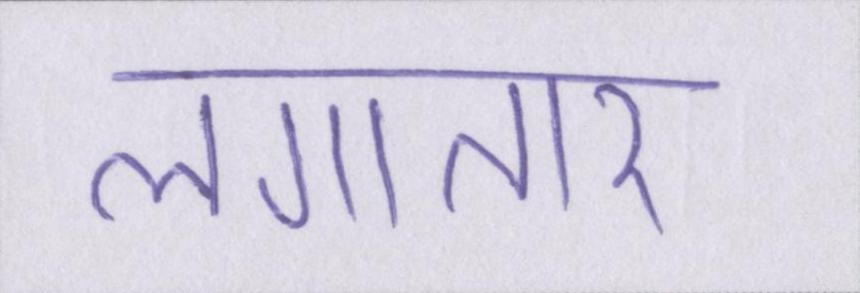
लगातार